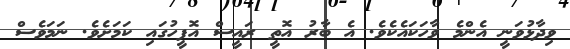
ވިދާޅުވަނީ އެންމެ ވާހަކައެކެވެ. އެ ބާރު އޮތީ ރައީސް އޮފީހުގައި ކަމަށެވެ. ނަމަވެސް